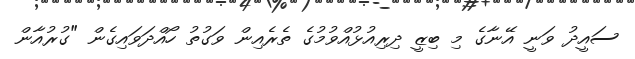
ސައީދު ވަނީ އޭނާގެ މި ބިޒީ ދިރިއުޅުއްވުމުގެ ތެރެއިން ވަގުތު ހޯއްދަވައިގެން "ގުރުއާން